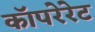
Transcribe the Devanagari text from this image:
कॉपरेरेट